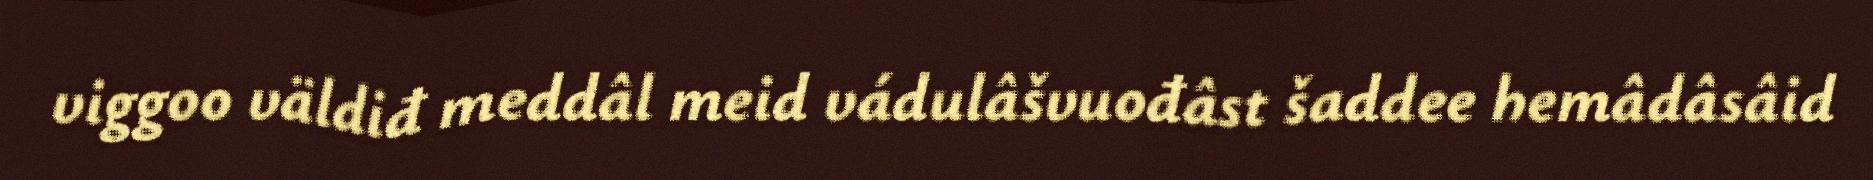
viggoo väldiđ meddâl meid vádulâšvuođâst šaddee hemâdâsâid